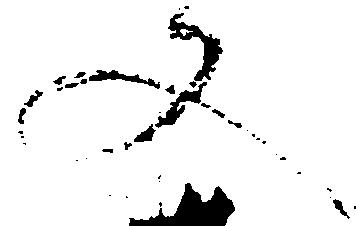
又